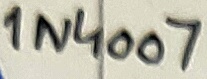
Text: 1N4007